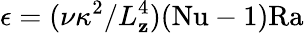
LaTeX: \epsilon=(\nu\kappa^{2}/L_{\mathbf{z}}^{4})(\mathrm{{{Nu}-1)\mathrm{{{Ra}}}}}